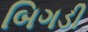
બિગડી